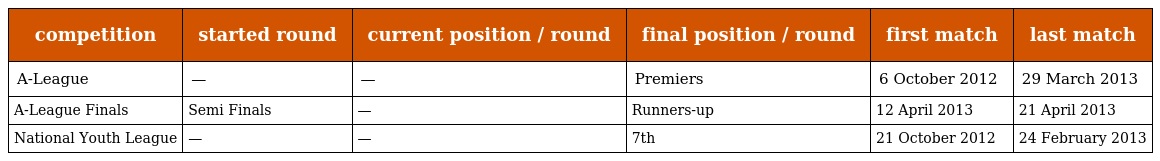
| competition | started round | current position / round | final position / round | first match | last match |
 | --- | --- | --- | --- | --- | --- |
 | A-League | — | — | Premiers | 6 October 2012 | 29 March 2013 |
 | A-League Finals | Semi Finals | — | Runners-up | 12 April 2013 | 21 April 2013 |
 | National Youth League | — | — | 7th | 21 October 2012 | 24 February 2013 |